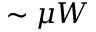
\sim \mu W